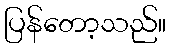
ပြန်တော့သည်။